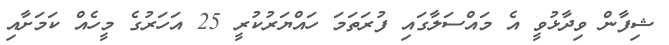
ޝިފާން ވިދާޅުވީ އެ މައްސަލާގައި ފުރަތަމަ ހައްޔަރުކުރީ 25 އަހަަރުގެ މީހެއް ކަމަށާއި